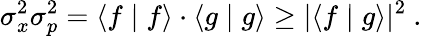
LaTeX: \sigma_{x}^{2}\sigma_{p}^{2}=\langle f\mid f\rangle\cdot\langle g\mid g\rangle\geq|\langle f\mid g\rangle|^{2}~.